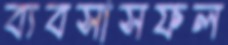
ব্যবসাসফল